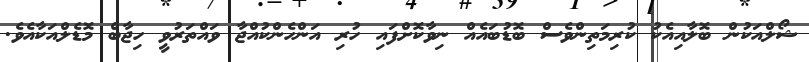
ޝޯލްއަކުން ބޮލާއިއެކު ކުރިމަތިންވެސް ބޮޑުބައެއް ނިވާކޮށްފައި ހުރި އަންހެންކުއްޖާ ވައްތަރުވީ ހިޖާބް މޮޑެލްއަކާއެވެ.